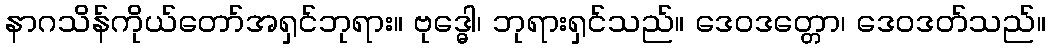
နာဂသိန်ကိုယ်တော်အရှင်ဘုရား။ ဗုဒ္ဓေါ၊ ဘုရားရှင်သည်။ ဒေဝဒတ္တော၊ ဒေဝဒတ်သည်။